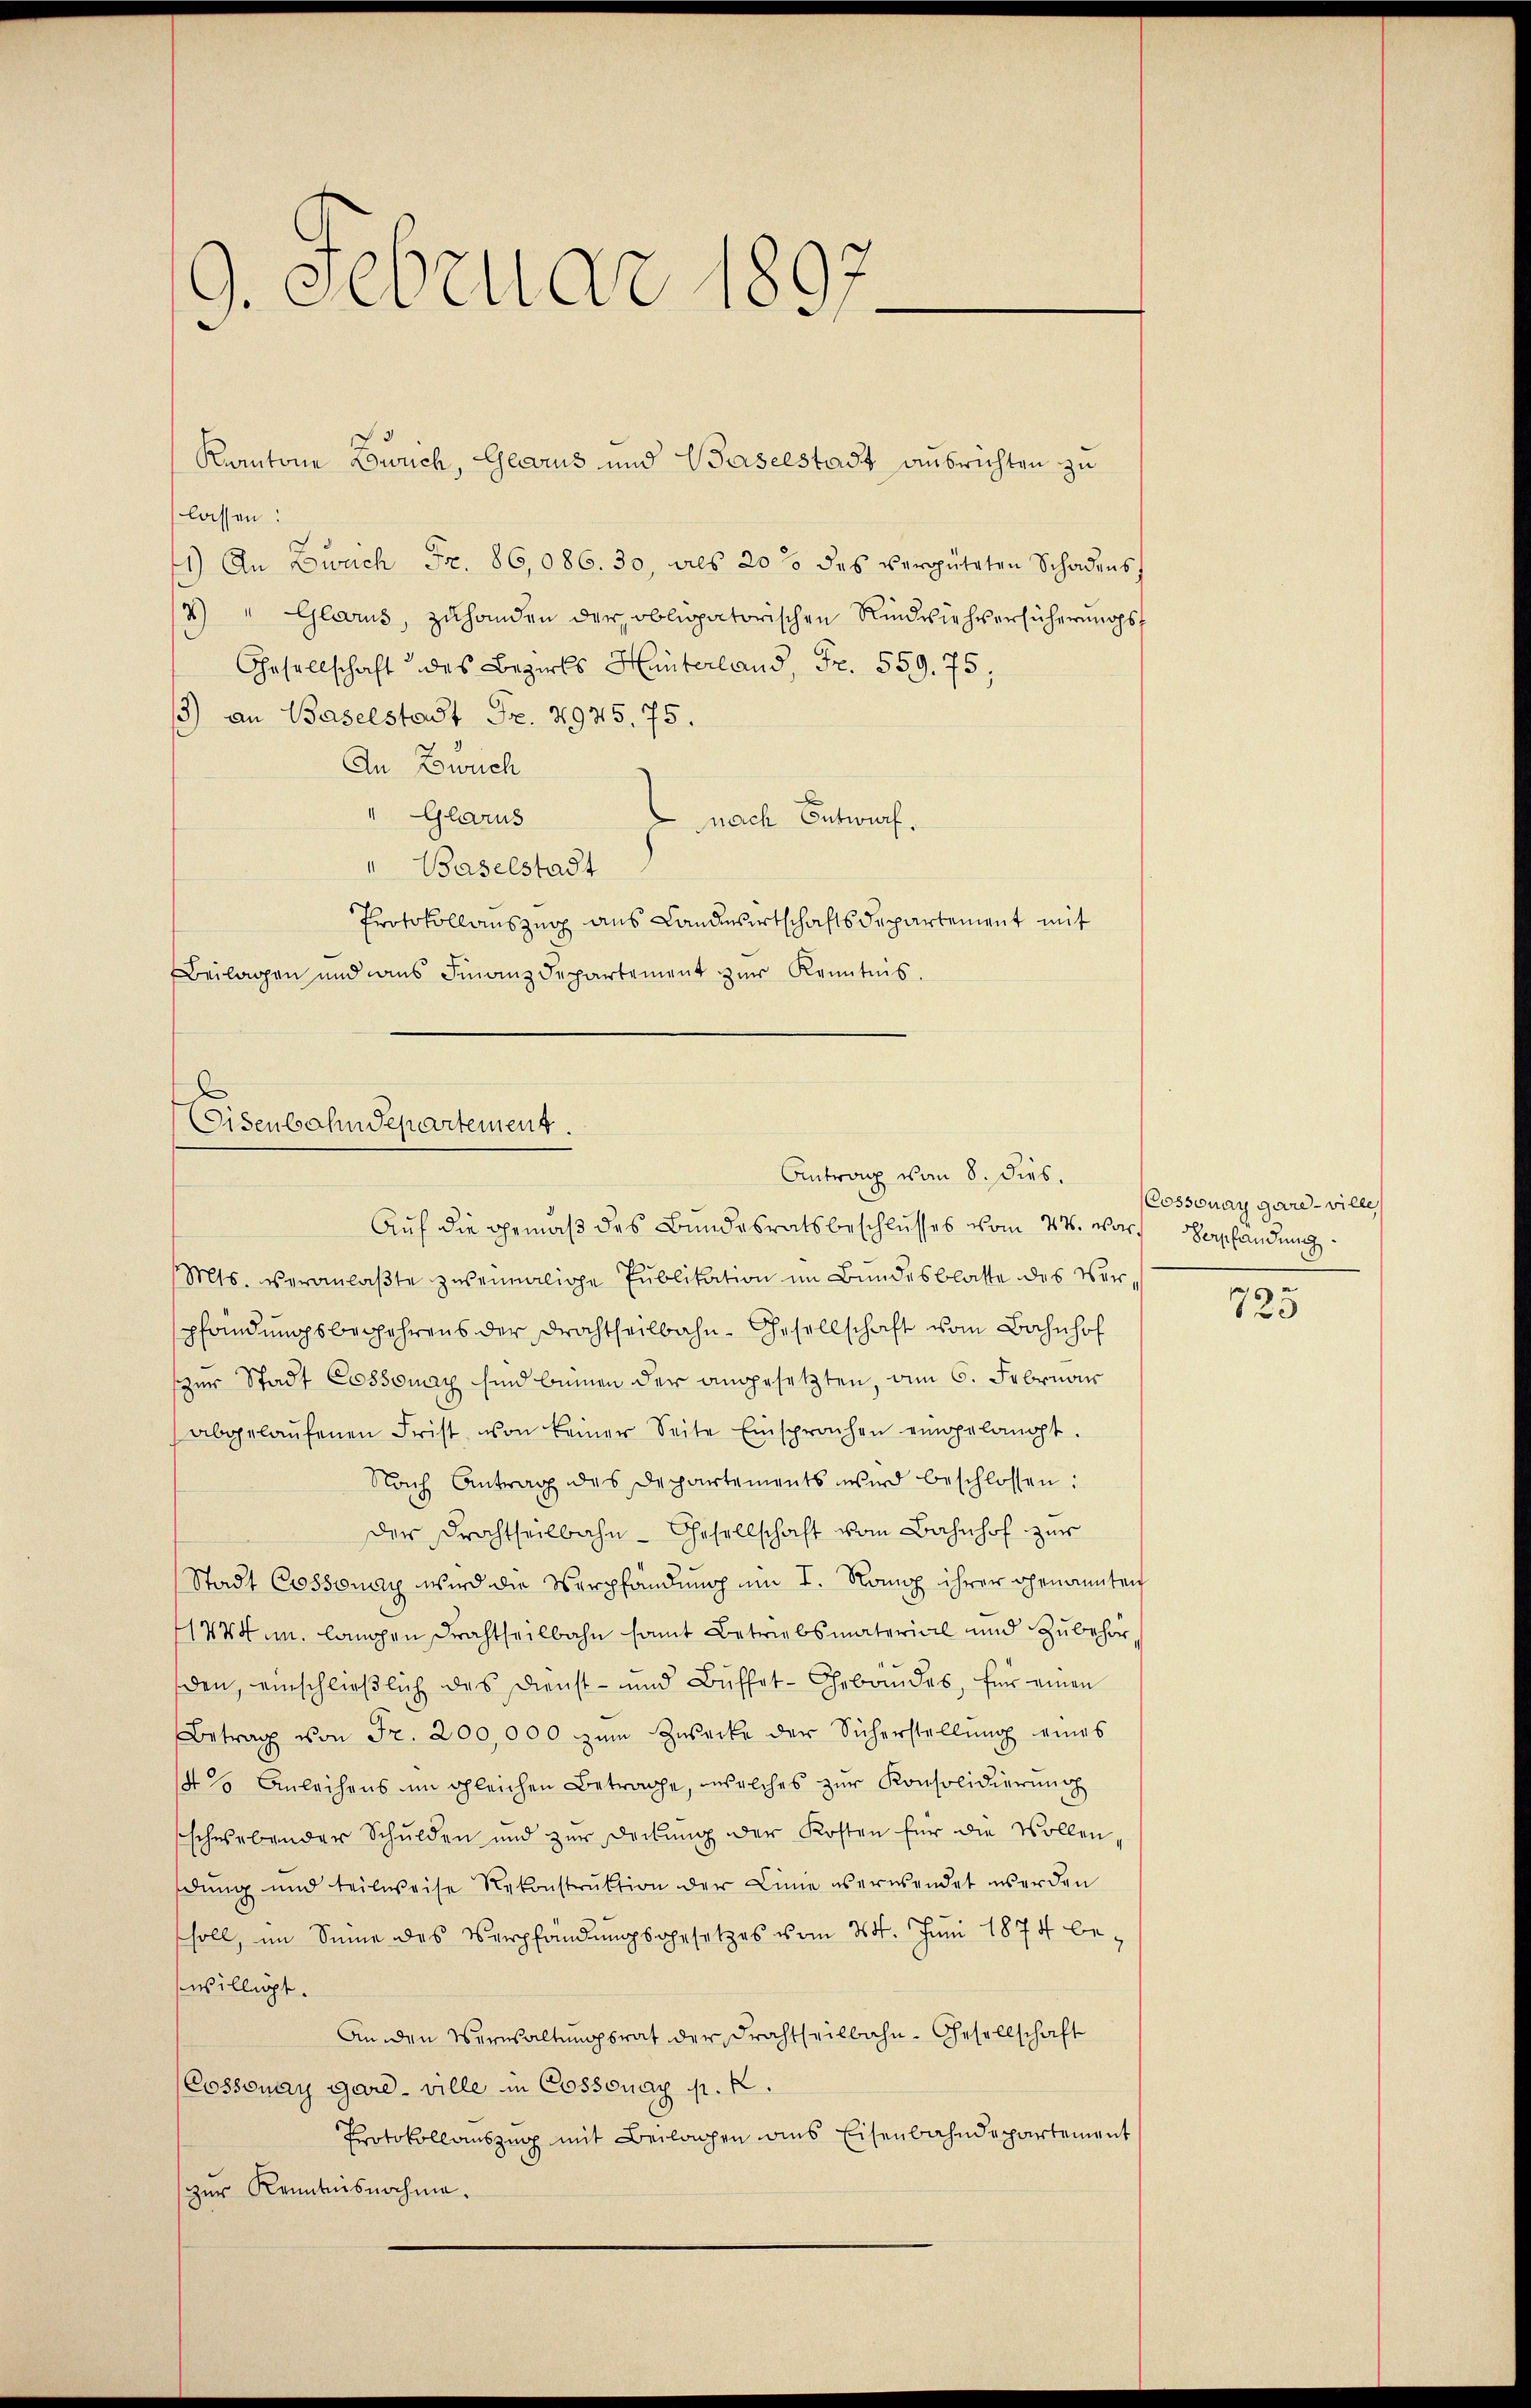
9. Februar 1897

lassen:
1) An Zwach Fr. 86,086. 30, als 20 des vergüteten Schadens,
2) " Glarus, zuhanden der obligatorischen Rindviehversicherungs¬
Gesellschaft des Bezirks Hinterland, Fr. 559. 75;
13) an Baselstadt Fr. 2975. 75.
An Bwuch
" Glarus
nach Entwurf.
" Baselstadt
Protokollauszug aus Landwirtschaftsdepartement mit
Beilagen und das Finanzdepartement zŭr Kenntnis.

Kantone Lourich, Glarus und Baselstadt ausrichten zu

Eisenbahndepartement.
Antrag vom 8. dies.

Auf die gemäβ des Bundesratsbeschlŭsses vom 27. war. Verpfandung
Mts. veranlaßte zweimalige Publikation im Bundesblatte des Verpfändungsbegehrens der Frachtheilbahn- Gesellschaft vom Bahnhof
zur Stadt Cossonay sind beinen der angesetzten, am 6. Februar
abgelaŭfenen Frist von keiner Seite Einsprachen eingelangt.
Nach Antrag des Departements wird beschlossen:
der Frachtheilbahn- Gesellschaft vom Bahnhof zur
Stadt Cossonay wird die Verpfändung um I. Romp ihrer genannten
1744 u. langen Frachtheilbahn samt Betriebsmaterial und Zubehörden, einschließlich das Dienst- und Büffet-Gebäudes, für einen
Betrag von Fr. 200,000 zum Zwecke der Sicherstellung eines
4 % Anleihens im gleichen Betrage, welches zŭr Konsolidierung
schwebender Schulden und zur Deckŭng der Kosten für die Wollen,
dung und teilweise Rekonstrŭktion der Linie es erwendet werden
soll, im Seine des Verpfändungsgesetzes vom 24. Juni 1874 bewilligt.
An den Verwaltŭngsrat der Frachtheilbahn-Gesellschaft
(Cossonay gare - ville in Cossonay p. k.
Protokollauszug mit Beilagen aus Eisenbahndepartement
zur Kenntnisnahme.

Cossonay gare – wille

725